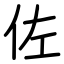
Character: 佐